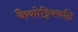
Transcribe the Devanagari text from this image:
कैकोट्टिक्कळि